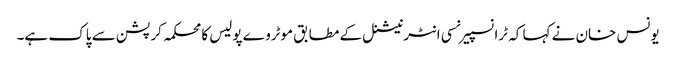
یونس خان نے کہا کہ ٹرانسپیرنسی انٹرنیشنل کے مطابق موٹروے پولیس کا محکمہ کرپشن سے پاک ہے۔